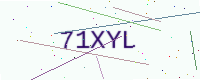
Text: 71XYL